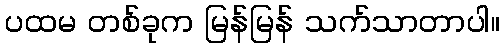
ပထမ တစ်ခုက မြန်မြန် သက်သာတာပါ။